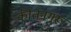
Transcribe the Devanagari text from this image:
कीर्तनगुरू